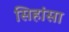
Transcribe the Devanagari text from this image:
सिहांसा